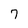
Character: 7